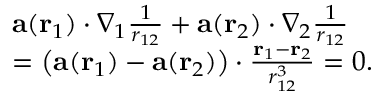
\begin{array} { r l } & { \mathbf { a } ( \mathbf { r } _ { 1 } ) \cdot \nabla _ { 1 } \frac { 1 } { r _ { 1 2 } } + \mathbf { a } ( \mathbf { r } _ { 2 } ) \cdot \nabla _ { 2 } \frac { 1 } { r _ { 1 2 } } } \\ & { = \left( \mathbf { a } ( \mathbf { r } _ { 1 } ) - \mathbf { a } ( \mathbf { r } _ { 2 } ) \right) \cdot \frac { \mathbf { r } _ { 1 } - \mathbf { r } _ { 2 } } { r _ { 1 2 } ^ { 3 } } = 0 . } \end{array}